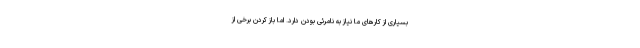
بسیاری از کارهای ما نیاز به نامرئی بودن دارد. اما باز کردن برخی از